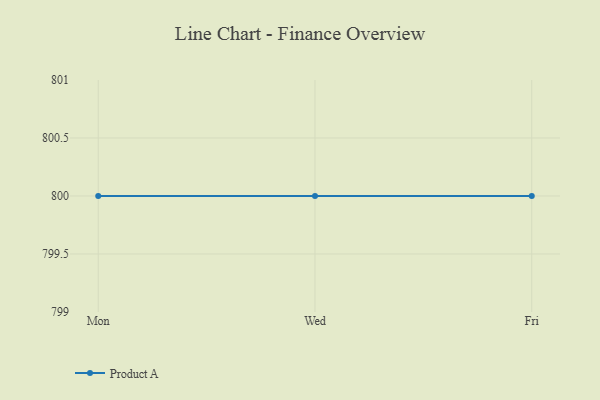
{"axis": {"x": "Day", "y": "Customer Acquisition Cost (USD)"}, "legend": ["Product A"], "data": [{"x": "Mon", "y": 800, "type": "Product A"}, {"x": "Wed", "y": 800, "type": "Product A"}, {"x": "Fri", "y": 800, "type": "Product A"}]}